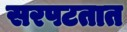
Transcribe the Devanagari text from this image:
सरपटतात